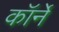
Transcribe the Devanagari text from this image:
कॉर्ने